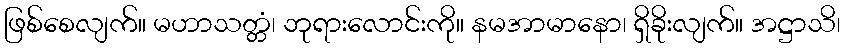
ဖြစ်စေလျက်။ မဟာသတ္တံ၊ ဘုရားလောင်းကို။ နမအာမာနော၊ ရှိခိုးလျက်။ အဋ္ဌာသိ၊